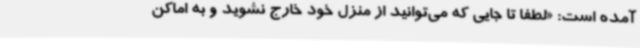
آمده است: «لطفا تا جایی که می‌توانید از منزل خود خارج نشوید و به اماکن